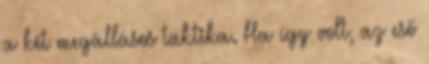
a két megállásos taktika. Ha így volt, az eső